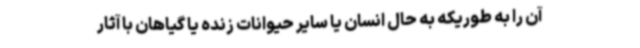
آن را به طوریکه به حال انسان یا سایر حیوانات زنده یا گیاهان با آثار